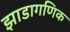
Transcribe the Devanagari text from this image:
झाडागणिक